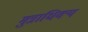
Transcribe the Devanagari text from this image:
मुत्राधिक्य